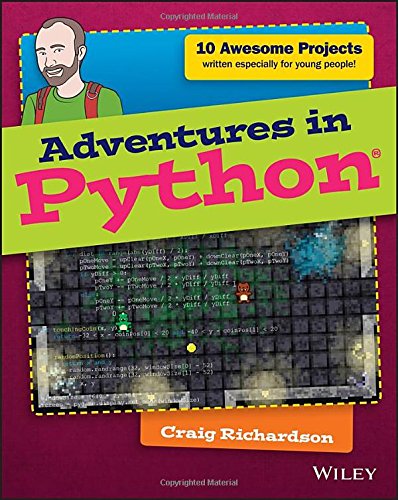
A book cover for Adventures in Python; Craig Richardson; Teen & Young Adult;